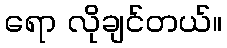
ရော လိုချင်တယ်။